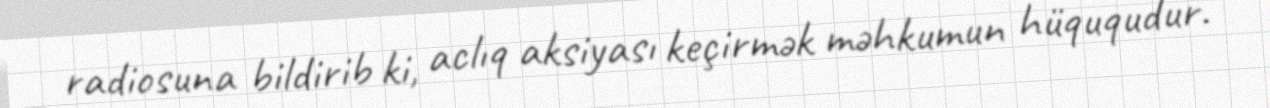
radiosuna bildirib ki, aclıq aksiyası keçirmək məhkumun hüququdur.